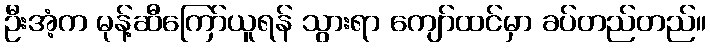
ဦးအံ့က မုန့်ဆီကြော်ယူရန် သွားရာ ကျော်ထင်မှာ ခပ်တည်တည်။